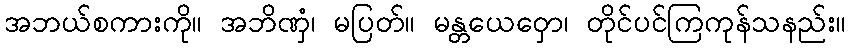
အဘယ်စကားကို။ အဘိဏှံ၊ မပြတ်။ မန္တယေဝှော၊ တိုင်ပင်ကြကုန်သနည်း။